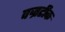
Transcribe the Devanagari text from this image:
वज्रटीक